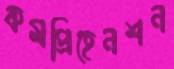
কমপ্রিহেনশন